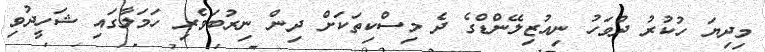
މިދިޔަ ހުކުރު ދުވަހު ނިއުޒިލޭންޑްގެ ދެ މިސްކިތަކަށް ދިން ނިރުބަވެރި ހަމަލާގައި ޝަހީދުވި